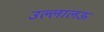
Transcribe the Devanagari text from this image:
उल्लालऊ